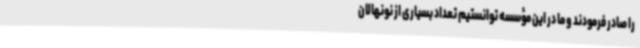
را صادر فرمودند و ما در این مؤسسه توانستیم تعداد بسیاری از نونهالان